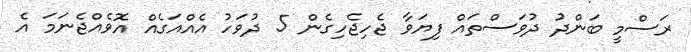
ރަސްމީ ބަންދު ދުވަސްތައް ފިޔަވާ ޖެހިޖެހިގެން 5 ދުވަހު އެއްއަގެއް އޮވެއްޖެނަމަ އެ